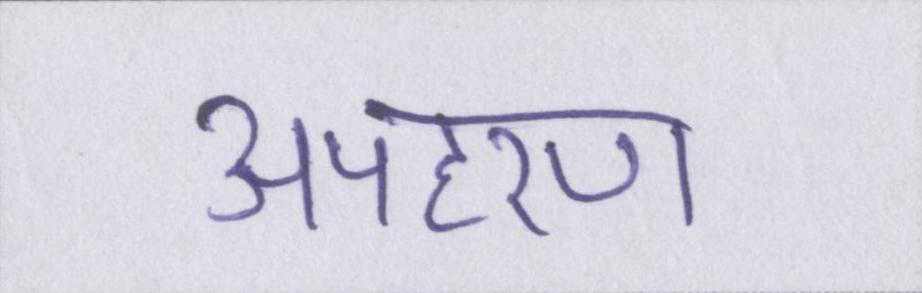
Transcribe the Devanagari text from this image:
अपहरण